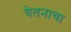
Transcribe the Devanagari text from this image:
वेतनाचा